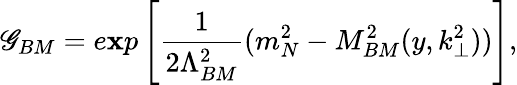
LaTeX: \mathscr{G}_{BM}=e\mathbf{x}p\left[{\frac{{1}}{{2\Lambda_{BM}^{2}}}}(m_{N}^{2}-M_{BM}^{2}(y,k_{\perp}^{2}))\right],